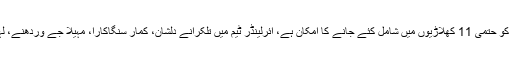
دوسری جانب سری لنکن ٹیم کی قیادت انجیلو میتھیوز کریں گے اور ممکنہ طور پر اپل تھرنگا کو حتمی 11 کھلاڑیوں میں شامل کئے جانے کا امکان ہے، آئرلینڈر ٹیم میں تلکرانے دلشان، کمار سنگاکارا، مہیلا جے وردھنے، لہیرو تھرمانے، تھسارا پریرا، پراسانے، نووان کلسیکارا، سورج رندیو اور لیستھ ملنگا شامل ہیں۔